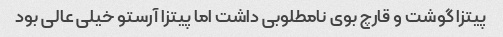
پیتزا گوشت و قارچ بوی نامطلوبی داشت اما پیتزا آرستو خیلی عالی بود